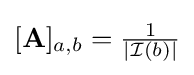
[\mathbf {A} ]_{a,b}={\tfrac {1}{|{\mathcal {I}}(b)|}}